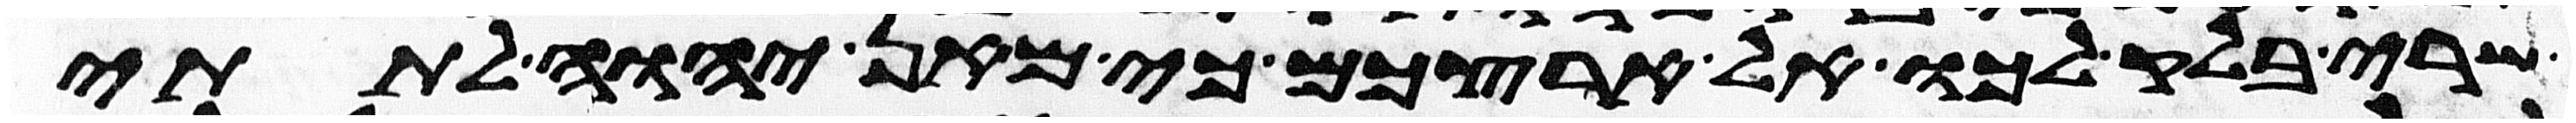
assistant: שרי בלק לכו אל ארצכם כי מאן יהוה לתתי